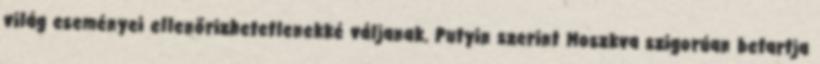
világ eseményei ellenőrizhetetlenekké váljanak. Putyin szerint Moszkva szigorúan betartja